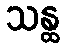
သန္ထ